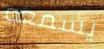
يسمعه